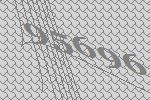
95696